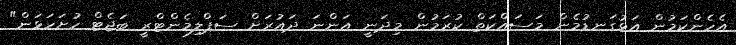
އެހެންކަމުން އަޅުގަނޑުމެން މަސައްކަތް ކުރަމުން މިދަނީ އަންނަ ދައުރަށް ސަޕްލިމެންޓްރީ ބަޖެޓް ހުށަހަޅަން"